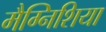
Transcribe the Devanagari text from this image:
मैग्निशिया